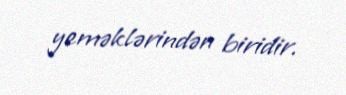
yeməklərindən biridir.